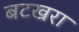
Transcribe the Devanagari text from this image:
बटखरा